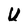
Character: U